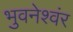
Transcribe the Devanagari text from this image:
भुवनेश्वंर